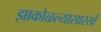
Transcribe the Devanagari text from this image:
झाकोळल्यासारखे